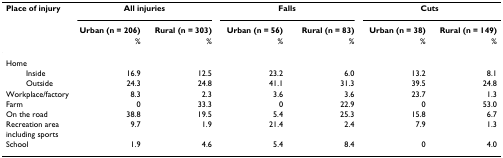
<table><thead><tr><td><b>Place of injury</b></td><td colspan="2"><b>All injuries</b></td><td colspan="2"><b>Falls</b></td><td colspan="2"><b>Cuts</b></td></tr><tr><td></td><td><b>Urban (n = 206)</b></td><td><b>Rural (n = 303)</b></td><td><b>Urban (n = 56)</b></td><td><b>Rural (n = 83)</b></td><td><b>Urban (n = 38)</b></td><td><b>Rural (n = 149)</b></td></tr><tr><td></td><td><b>%</b></td><td><b>%</b></td><td><b>%</b></td><td><b>%</b></td><td><b>%</b></td><td><b>%</b></td></tr></thead><tbody><tr><td>Home</td><td></td><td></td><td></td><td></td><td></td><td></td></tr><tr><td>Inside</td><td>16.9</td><td>12.5</td><td>23.2</td><td>6.0</td><td>13.2</td><td>8.1</td></tr><tr><td>Outside</td><td>24.3</td><td>24.8</td><td>41.1</td><td>31.3</td><td>39.5</td><td>24.8</td></tr><tr><td>Workplace/factory</td><td>8.3</td><td>2.3</td><td>3.6</td><td>3.6</td><td>23.7</td><td>1.3</td></tr><tr><td>Farm</td><td>0</td><td>33.3</td><td>0</td><td>22.9</td><td>0</td><td>53.0</td></tr><tr><td>On the road</td><td>38.8</td><td>19.5</td><td>5.4</td><td>25.3</td><td>15.8</td><td>6.7</td></tr><tr><td>Recreation area including sports</td><td>9.7</td><td>1.9</td><td>21.4</td><td>2.4</td><td>7.9</td><td>1.3</td></tr><tr><td>School</td><td>1.9</td><td>4.6</td><td>5.4</td><td>8.4</td><td>0</td><td>4.0</td></tr></tbody></table>